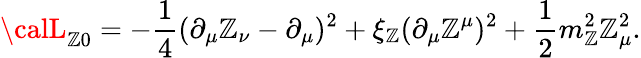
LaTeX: {\calL}_{\mathbb{Z}0}=-{\frac{{1}}{{4}}}(\partial_{\mu}\mathbb{Z}_{\nu}-\partial_{\mu})^{2}+\xi_{\mathbb{Z}}(\partial_{\mu}\mathbb{Z}^{\mu})^{2}+{\frac{{1}}{{2}}}m_{\mathbb{Z}}^{2}\mathbb{Z}_{\mu}^{2}.